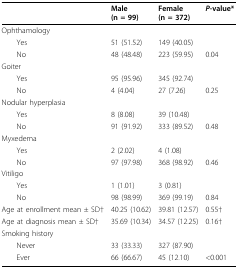
|  | Male(n = 99) | Female(n = 372) | P-value* |
 | --- | --- | --- | --- |
 | Ophthamology |  |  |  |
 | Yes | 51 (51.52) | 149 (40.05) |  |
 | No | 48 (48.48) | 223 (59.95) | 0.04 |
 | Goiter |  |  |  |
 | Yes | 95 (95.96) | 345(92.74) |  |
 | No | 4 (4.04) | 27 (7.26) | 0.25 |
 | Nodular hyperplasia |  |  |  |
 | Yes | 8 (8.08) | 39 (10.48) |  |
 | No | 91 (91.92) | 333 (89.52) | 0.48 |
 | Myxedema |  |  |  |
 | Yes | 2 (2.02) | 4 (1.08) |  |
 | No | 97 (97.98) | 368 (98.92) | 0.46 |
 | Vitiligo |  |  |  |
 | Yes | 1 (1.01) | 3 (0.81) |  |
 | No | 98 (98.99) | 369 (99.19) | 0.84 |
 | Age at enrollment mean ± SD† | 40.25 (10.62) | 39.81 (12.57) | 0.55† |
 | Age at diagnosis mean ± SD† | 35.69 (10.34) | 34.57 (12.25) | 0.16† |
 | Smoking history |  |  |  |
 | Never | 33 (33.33) | 327 (87.90) |  |
 | Ever | 66 (66.67) | 45 (12.10) | <0.001 |